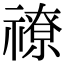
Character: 𥛰